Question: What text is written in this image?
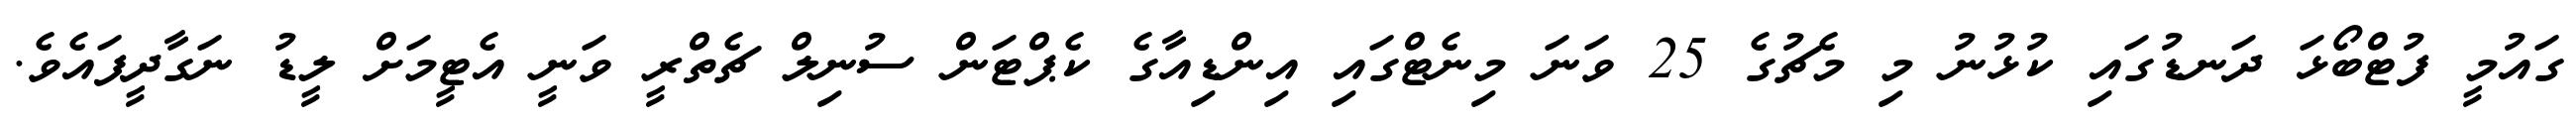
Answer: ގައުމީ ފުޓްބޯޅަ ދަނޑުގައި ކުޅުނު މި މެޗުގެ 25 ވަނަ މިނެޓްގައި އިންޑިއާގެ ކެޕްޓަން ސުނިލް ޗެތްރީ ވަނީ އެޓީމަށް ލީޑު ނަގާދީފައެވެ.